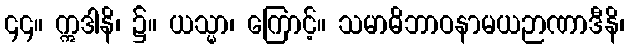
၄၄။ ဣဒါနိ၊ ၌။ ယသ္မာ၊ ကြောင့်။ သမာဓိဘာဝနာမယဉာဏာဒီနိ၊